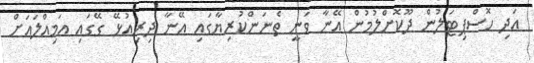
އަދި ހޮސްޕިޓަލުން ދޫކޮށްލުމުން އޭނާ ވަނީ ތެނަންކުރިޔާގައި އޭނާ ދިރިއުޅޭ ގޭގައި އަމިއްލައަށް